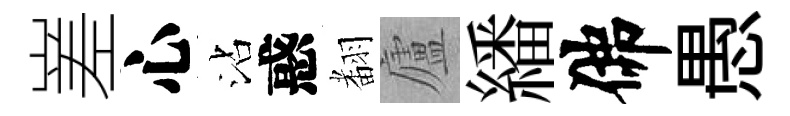
嵳心沾惑𮋒廬繙佛愚